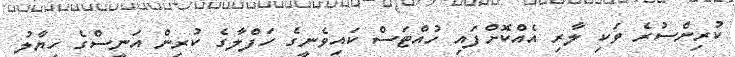
ކުރިންސުރެ ވަކި ލާރި އެއްކޮށްފައި ހުއްޓަސް ކައިވެނީގެ ހަފްލާގެ ކުރިން އަނީސްގެ ހިޔާލު